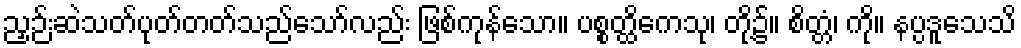
ညှဉ်းဆဲသတ်ပုတ်တတ်သည်သော်လည်း ဖြစ်ကုန်သော။ ပစ္စတ္ထိကေသု၊ တို့၌။ စိတ္တံ၊ ကို။ နပ္ပဒူသေသိ